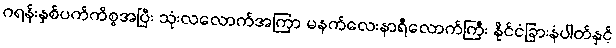
ဂရန်းနှစ်ပက်ကိစ္စအပြီး သုံးလလောက်အကြာ မနက်လေးနာရီလောက်ကြီး နိုင်ငံခြားနံပါတ်နှင့်